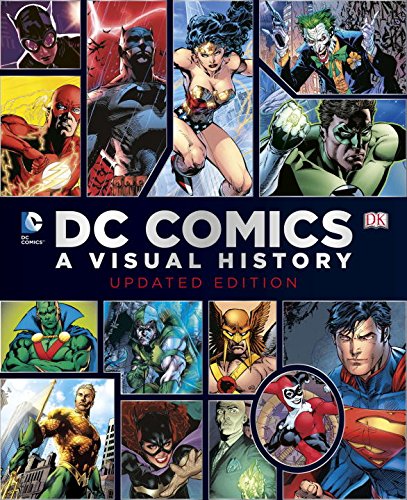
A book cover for DC Comics: A Visual History; Daniel Wallace; Comics & Graphic Novels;